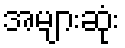
အများဆုံး